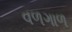
વળગાળ